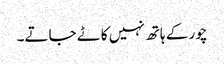
چور کے ہاتھ نہیں کاٹے جاتے۔